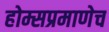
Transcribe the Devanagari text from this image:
होम्सप्रमाणेच